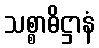
သစ္စာဓိဋ္ဌာနံ